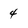
Character: 4